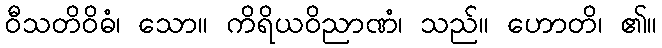
ဝီသတိဝိဓံ၊ သော။ ကိရိယဝိညာဏံ၊ သည်။ ဟောတိ၊ ၏။